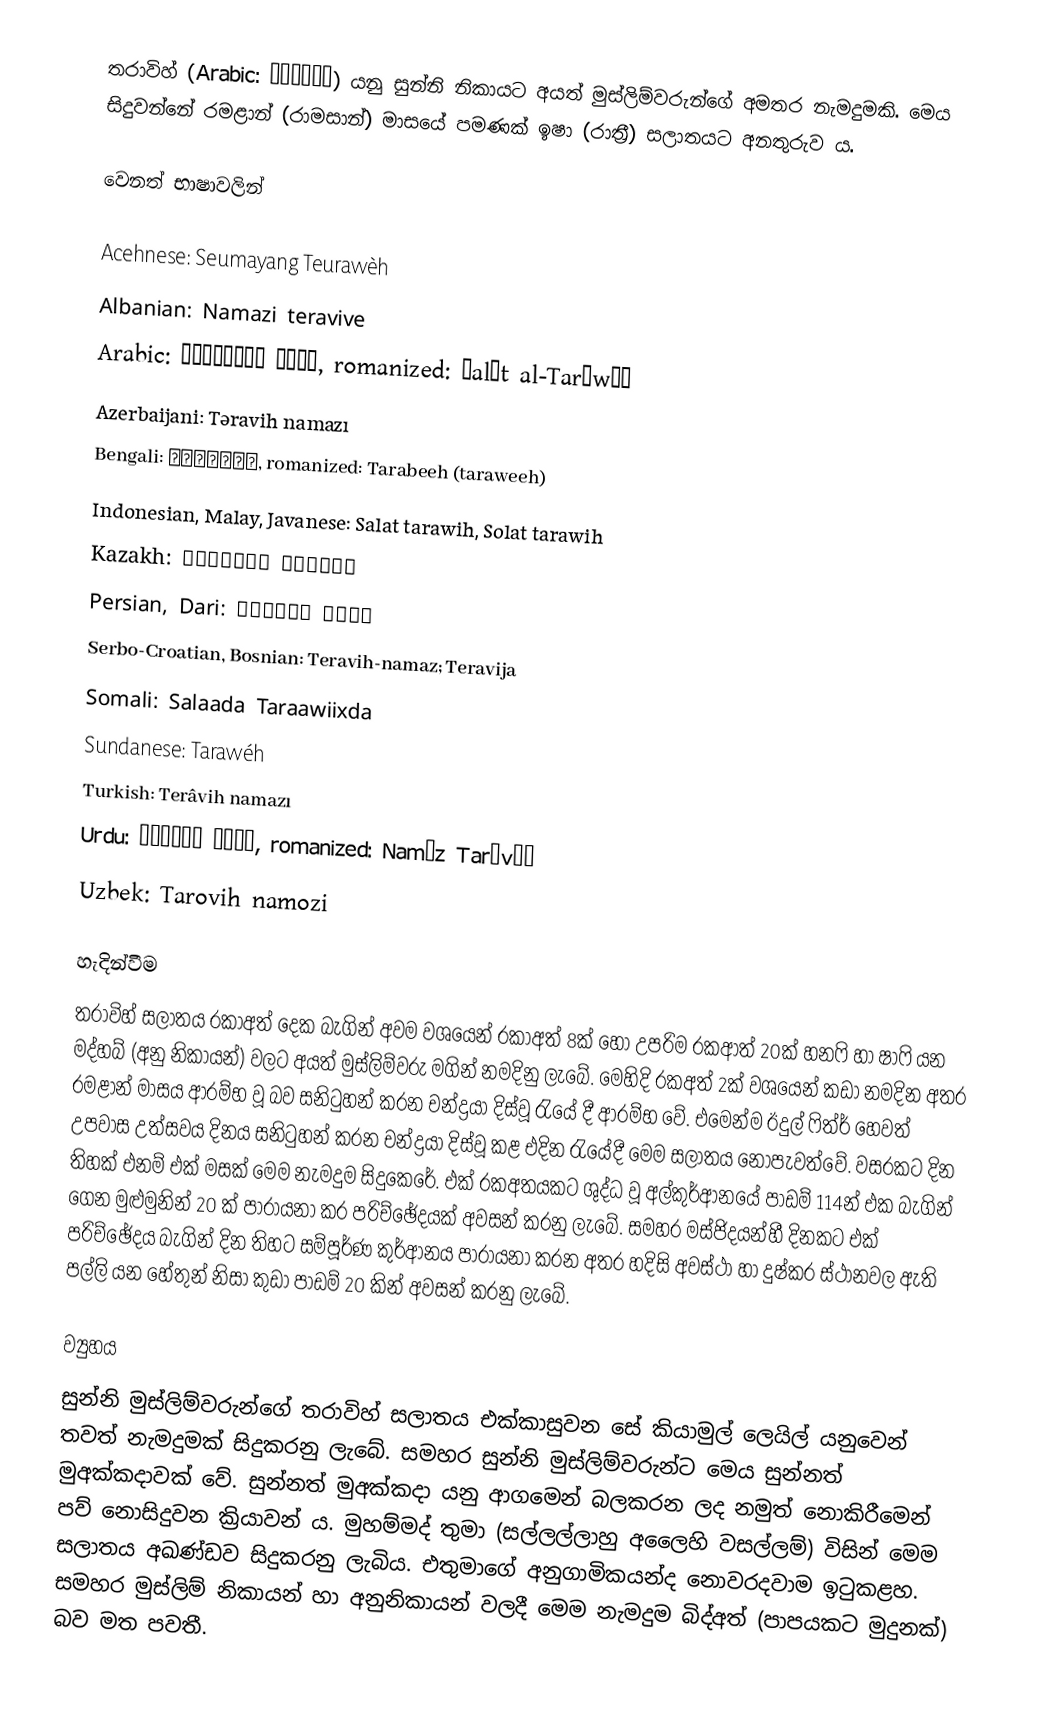
තරාවිහ් (Arabic: تراويح‎) යනු සුන්නි නිකායට අයත් මුස්ලිම්වරුන්ගේ අමතර නැමදුමකි. මෙය සිදුවන්නේ රමළාන් (රාමසාන්) මාසයේ පමණක් ඉෂා (රාත්‍රී) සලාතයට අනතුරුව ය.

වෙනත් භාෂාවලින්

 Acehnese: Seumayang Teurawèh
 Albanian: Namazi teravive
 Arabic: صلاة التراويح‎, romanized: Ṣalāt al-Tarāwīḥ
 Azerbaijani: Təravih namazı
 Bengali: তারাবীহ, romanized: Tarabeeh (taraweeh)
 Indonesian, Malay, Javanese: Salat tarawih, Solat tarawih
 Kazakh: Тарауих намазы
 Persian, Dari: نماز تراويح
 Serbo-Croatian, Bosnian: Teravih-namaz; Teravija
 Somali: Salaada Taraawiixda
 Sundanese: Tarawéh
 Turkish: Terâvih namazı
 Urdu: نماز تراويح‎, romanized: Namāz Tarāvīḥ
 Uzbek: Tarovih namozi

හැදින්වීම
තරාවිහ් සලාතය රකාඅත් දෙක බැගින් අවම වශයෙන් රකාඅත් 8ක් හෝ උපරිම රකආත් 20ක් හනෆි හා ෂාෆි යන මද්හබ් (අනු නිකායන්) වලට අයත් මුස්ලිම්වරු මගින් නමදිනු ලැබේ. මෙහිදි රකඅත් 2ක් වශයෙන් කඩා නමදින අතර රමළාන් මාසය ආරම්භ වූ බව සනිටුහන් කරන චන්ද්‍රයා දිස්වූ රැයේ දී ආරම්භ වේ. එමෙන්ම ඊදුල් ෆිත්ර් හෙවත් උපවාස උත්සවය දිනය සනිටුහන් කරන චන්ද්‍රයා දිස්වූ කළ එදින රැයේදී මෙම සලාතය නොපැවත්වේ. වසරකට දින තිහක් එනම් එක් මසක් මෙම නැමදුම සිදුකෙරේ. එක් රකඅතයකට ශුද්ධ වූ අල්කුර්ආනයේ පාඩම් 114න් එක බැගින් ගෙන මුළුමුනින් 20 ක් පාරායනා කර පරිච්ඡේදයක් අවසන් කරනු ලැබේ. සමහර මස්ජිදයන්හී දිනකට එක් පරිච්ඡේදය බැගින් දින තිහට සම්පූර්ණ කුර්ආනය පාරායනා කරන අතර හදිසි අවස්ථා හා දුෂ්කර ස්ථානවල ඇති පල්ලි යන හේතුන් නිසා කුඩා පාඩම් 20 කින් අවසන් කරනු ලැබේ.

ව්‍යුහය
සුන්නි මුස්ලිම්වරුන්ගේ තරාවිහ් සලාතය එක්කාසුවන සේ කියාමුල් ලෙයිල් යනුවෙන් තවත් නැමදුමක් සිදුකරනු ලැබේ. සමහර සුන්නි මුස්ලිම්වරුන්ට මෙය සුන්නත් මුඅක්කදාවක් වේ. සුන්නත් මුඅක්කදා යනු ආගමෙන් බලකරන ලද නමුත් නොකිරීමෙන් පව් නොසිදුවන ක්‍රියාවන් ය. මුහම්මද් තුමා (සල්ලල්ලාහු අලෛහි වසල්ලම්) විසින් මෙම සලාතය අඛණ්ඩව සිදුකරනු ලැබිය. එතුමාගේ අනුගාමිකයන්ද නොවරදවාම ඉටුකළහ. සමහර මුස්ලිම් නිකායන් හා අනුනිකායන් වලදී මෙම නැමදුම බිද්අත් (පාපයකට මුදුනක්) බව මත පවතී.